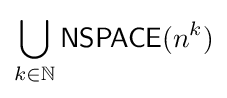
\bigcup _{k\in \mathbb {N} }{\mathsf {NSPACE}}(n^{k})